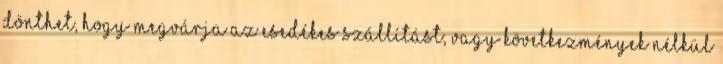
dönthet, hogy megvárja az esedékes szállítást, vagy következmények nélkül